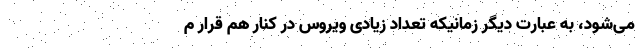
می‌شود، به عبارت دیگر زمانیکه تعداد زیادی ویروس در کنار هم قرار م